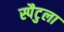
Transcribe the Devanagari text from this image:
स्पैटुला